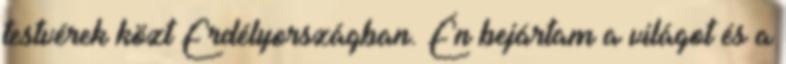
testvérek közt Erdélyországban. Én bejártam a világot és a